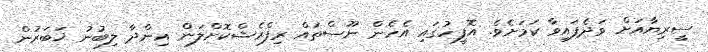
ސީރިޔާއަށް ވަދެފައިވާ ކަމަށެވެ. އޮފީހުގައި އެހެން ނޫސްތައް ރިފްރެޝްކޮށްލަން އިންދާ ލިބުނު ޚަބަރުން